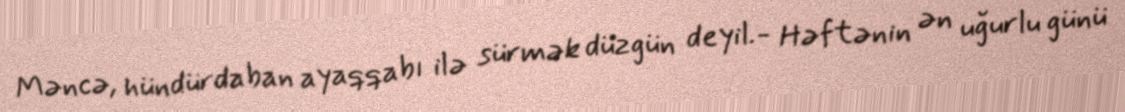
Məncə, hündürdaban ayaqqabı ilə sürmək düzgün deyil.- Həftənin ən uğurlu günü